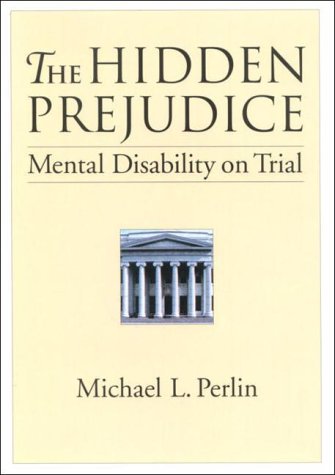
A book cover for The Hidden Prejudice: Mental Disability on Trial (Law and Public Policy: Psychology and the Social Sciences); Michael L., Professor Perlin; Law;